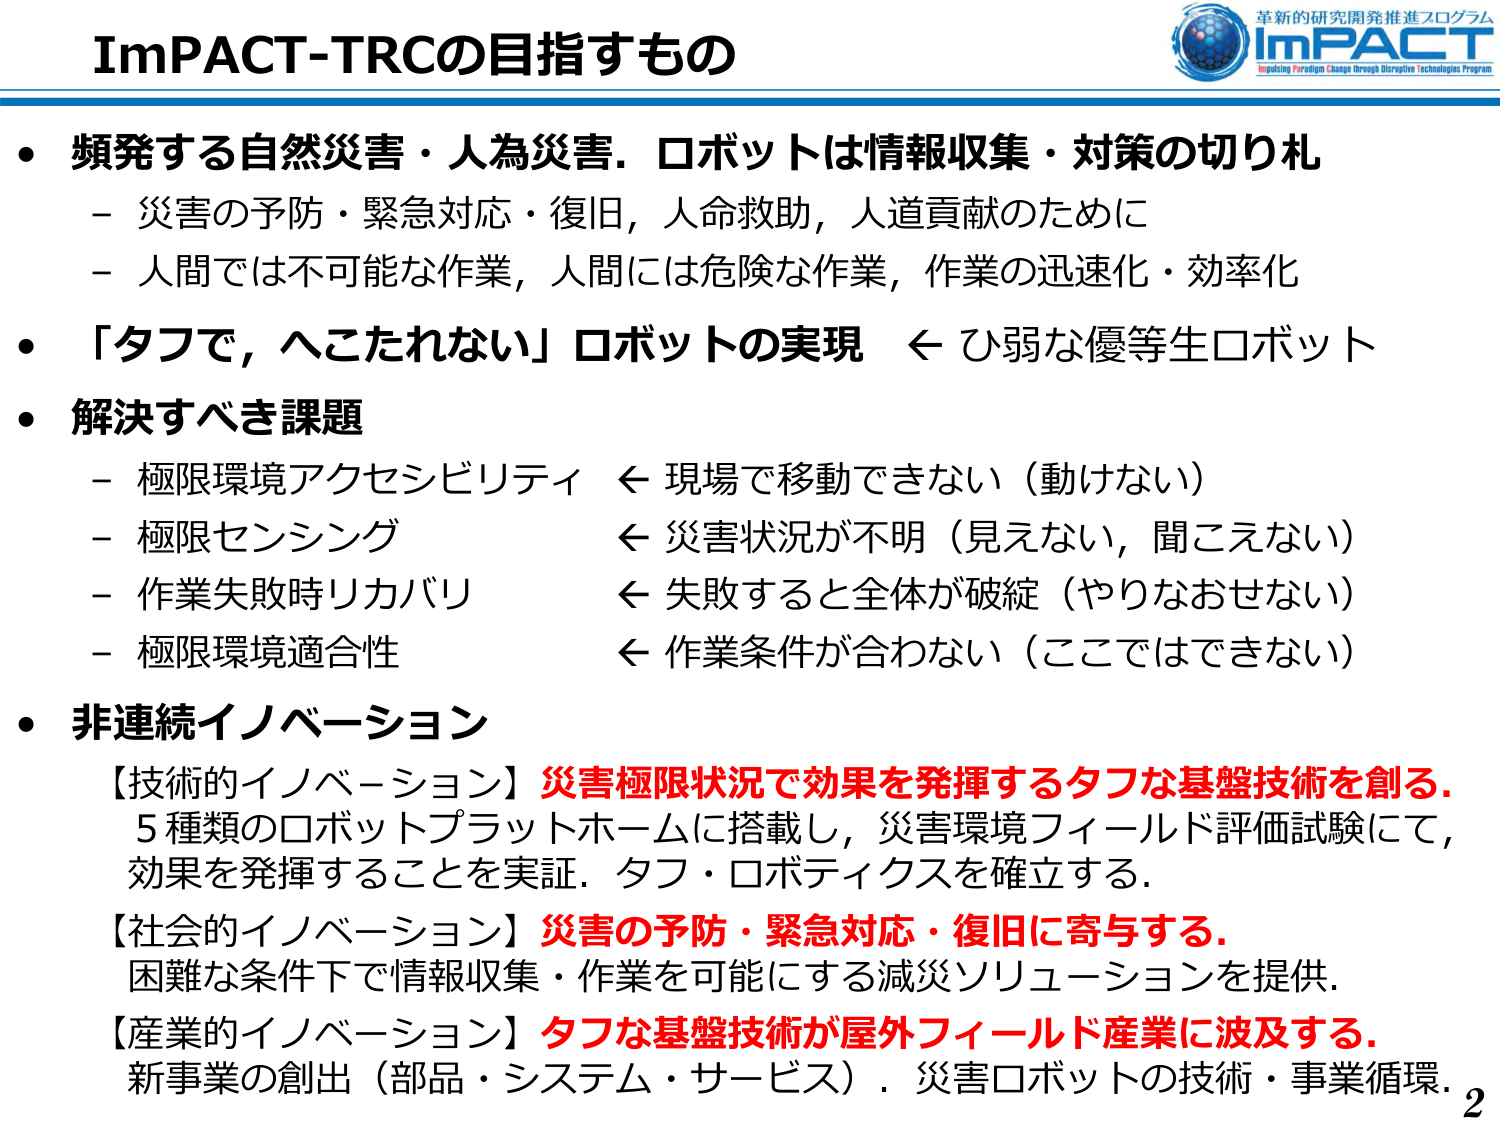
ImPACT-TRCの目指すもの

・頻発する自然災害・人為災害。ロボットは情報収集・対策の切り札
　－災害の予防・緊急対応・復旧，人命救助，人道貢献のために
　－人間では不可能な作業，人間には危険な作業，作業の迅速化・効率化

・「タフで，へこたれない」ロボットの実現　←ひ弱な優等生ロボット

・解決すべき課題
　－極限環境アクセシビリティ　←現場で移動できない（動けない）
　－極限センシング　　　　　　←災害状況が不明（見えない，聞こえない）
　－作業失敗時リカバリ　　　　←失敗すると全体が破綻（やりなおせない）
　－極限環境適合性　　　　　　←作業条件が合わない（ここではできない）

・非連続イノベーション
　【技術的イノベーション】災害極限状況で効果を発揮するタフな基盤技術を創る。
　5種類のロボットプラットホームに搭載し，災害環境フィールド評価試験にて，
　効果を発揮することを実証。タフ・ロボティクスを確立する。
　【社会的イノベーション】災害の予防・緊急対応・復旧に寄与する。
　困難な条件下で情報収集・作業を可能にする減災ソリューションを提供。
　【産業的イノベーション】タフな基盤技術が屋外フィールド産業に波及する。
　新事業の創出（部品・システム・サービス）。災害ロボットの技術・事業循環。

2

革新的研究開発推進プログラム
ImPACT
Impulsing Paradigm Change through Disruptive Technologies Program